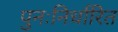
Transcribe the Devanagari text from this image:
पुनःनिर्धारित